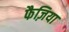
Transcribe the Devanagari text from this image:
फैज़िया